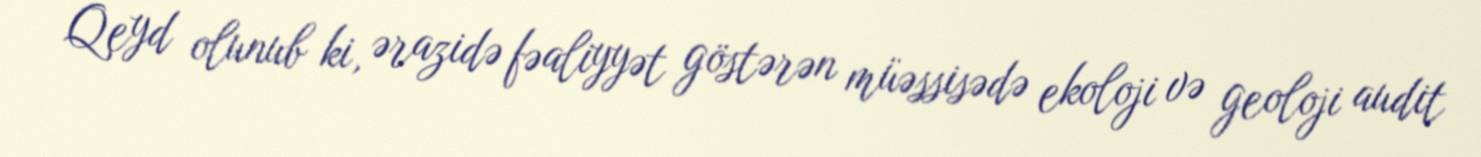
Qeyd olunub ki, ərazidə fəaliyyət göstərən müəssisədə ekoloji və geoloji audit